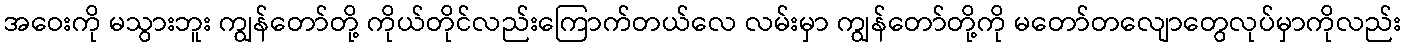
အဝေးကို မသွားဘူး ကျွန်တော်တို့ ကိုယ်တိုင်လည်းကြောက်တယ်လေ လမ်းမှာ ကျွန်တော်တို့ကို မတော်တလျောတွေလုပ်မှာကိုလည်း